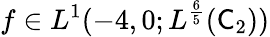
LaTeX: f\in L^{1}(-4,0;L^{\frac 65}(\mathsf C_{2}))